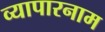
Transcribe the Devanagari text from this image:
व्यापारनाम